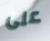
على